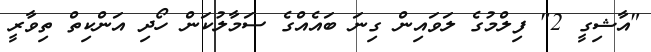
"އާޝިގީ 2" ފިލްމުގެ ލަވައިން ގިނަ ބައެއްގެ ސަމާލުކަން ހޯދި އަންކިތް ތިވާރީ